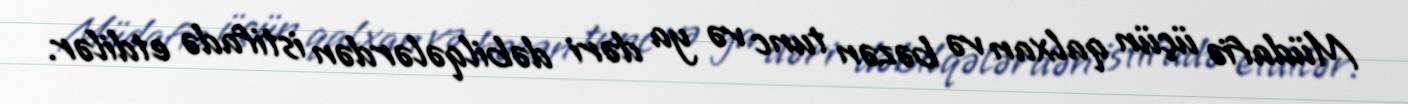
Müdafiə üçün qalxan və bəzən tunc və ya dəri dəbilqələrdən istifadə etdilər.